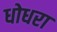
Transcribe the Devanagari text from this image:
धोधरा